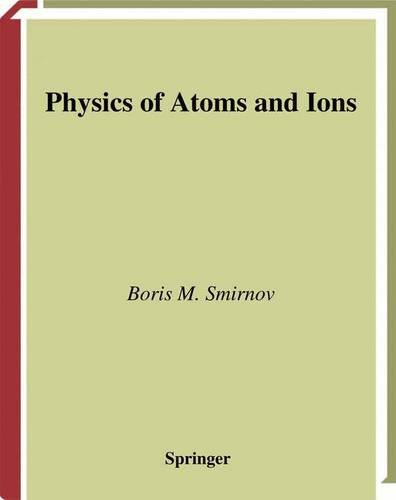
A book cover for Physics of Atoms and Ions (Graduate Texts in Contemporary Physics); Boris M. Smirnov; Science & Math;